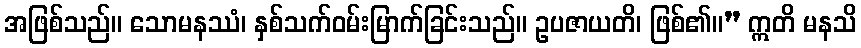
အဖြစ်သည်။ သောမနဿံ၊ နှစ်သက်ဝမ်းမြာက်ခြင်းသည်။ ဥပဇာယတိ၊ ဖြစ်၏။” ဣတိ မနသိ